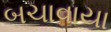
બચાવાયા